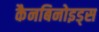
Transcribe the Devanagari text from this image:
कैनबिनोइड्स